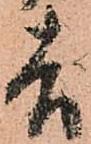
吉